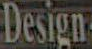
Design